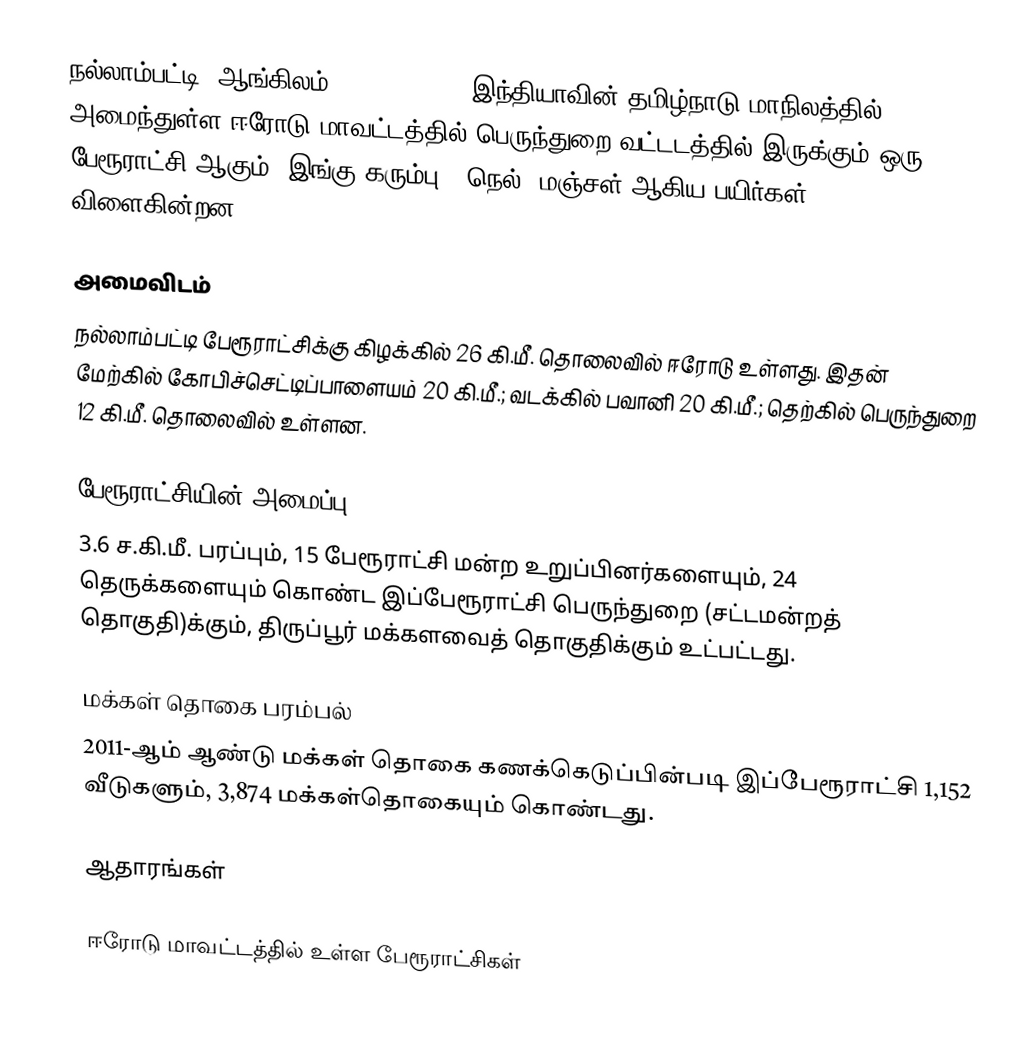
நல்லாம்பட்டி (ஆங்கிலம்:Nallampatti), இந்தியாவின் தமிழ்நாடு மாநிலத்தில் அமைந்துள்ள ஈரோடு மாவட்டத்தில் பெருந்துறை வட்டடத்தில் இருக்கும் ஒரு பேரூராட்சி ஆகும். இங்கு  கரும்பு , நெல், மஞ்சள் ஆகிய பயிர்கள் விளைகின்றன.

அமைவிடம்
நல்லாம்பட்டி பேரூராட்சிக்கு கிழக்கில் 26 கி.மீ. தொலைவில் ஈரோடு உள்ளது. இதன் மேற்கில் கோபிச்செட்டிப்பாளையம் 20  கி.மீ.; வடக்கில் பவானி 20 கி.மீ.; தெற்கில் பெருந்துறை 12  கி.மீ. தொலைவில்  உள்ளன.

பேரூராட்சியின் அமைப்பு
3.6 ச.கி.மீ. பரப்பும், 15 பேரூராட்சி மன்ற உறுப்பினர்களையும், 24 தெருக்களையும் கொண்ட இப்பேரூராட்சி பெருந்துறை   (சட்டமன்றத் தொகுதி)க்கும், திருப்பூர் மக்களவைத் தொகுதிக்கும் உட்பட்டது.

மக்கள் தொகை பரம்பல்
2011-ஆம் ஆண்டு மக்கள் தொகை கணக்கெடுப்பின்படி  இப்பேரூராட்சி   1,152   வீடுகளும், 3,874 மக்கள்தொகையும் கொண்டது.

ஆதாரங்கள்

ஈரோடு மாவட்டத்தில் உள்ள பேரூராட்சிகள்